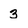
Character: 3